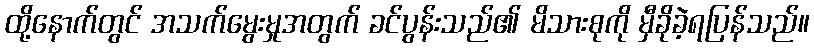
ထို့နောက်တွင် အသက်မွေးမှုအတွက် ခင်ပွန်းသည်၏ မိသားစုကို မှီခိုခဲ့ရပြန်သည်။